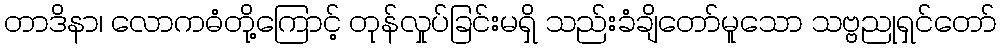
တာဒိနာ၊ လောကဓံတို့ကြောင့် တုန်လှုပ်ခြင်းမရှိ သည်းခံချိတော်မူသော သဗ္ဗညုရှင်တော်